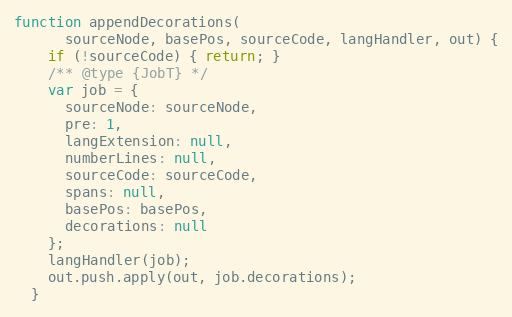
Language: JavaScript
function appendDecorations(
      sourceNode, basePos, sourceCode, langHandler, out) {
    if (!sourceCode) { return; }
    /** @type {JobT} */
    var job = {
      sourceNode: sourceNode,
      pre: 1,
      langExtension: null,
      numberLines: null,
      sourceCode: sourceCode,
      spans: null,
      basePos: basePos,
      decorations: null
    };
    langHandler(job);
    out.push.apply(out, job.decorations);
  }